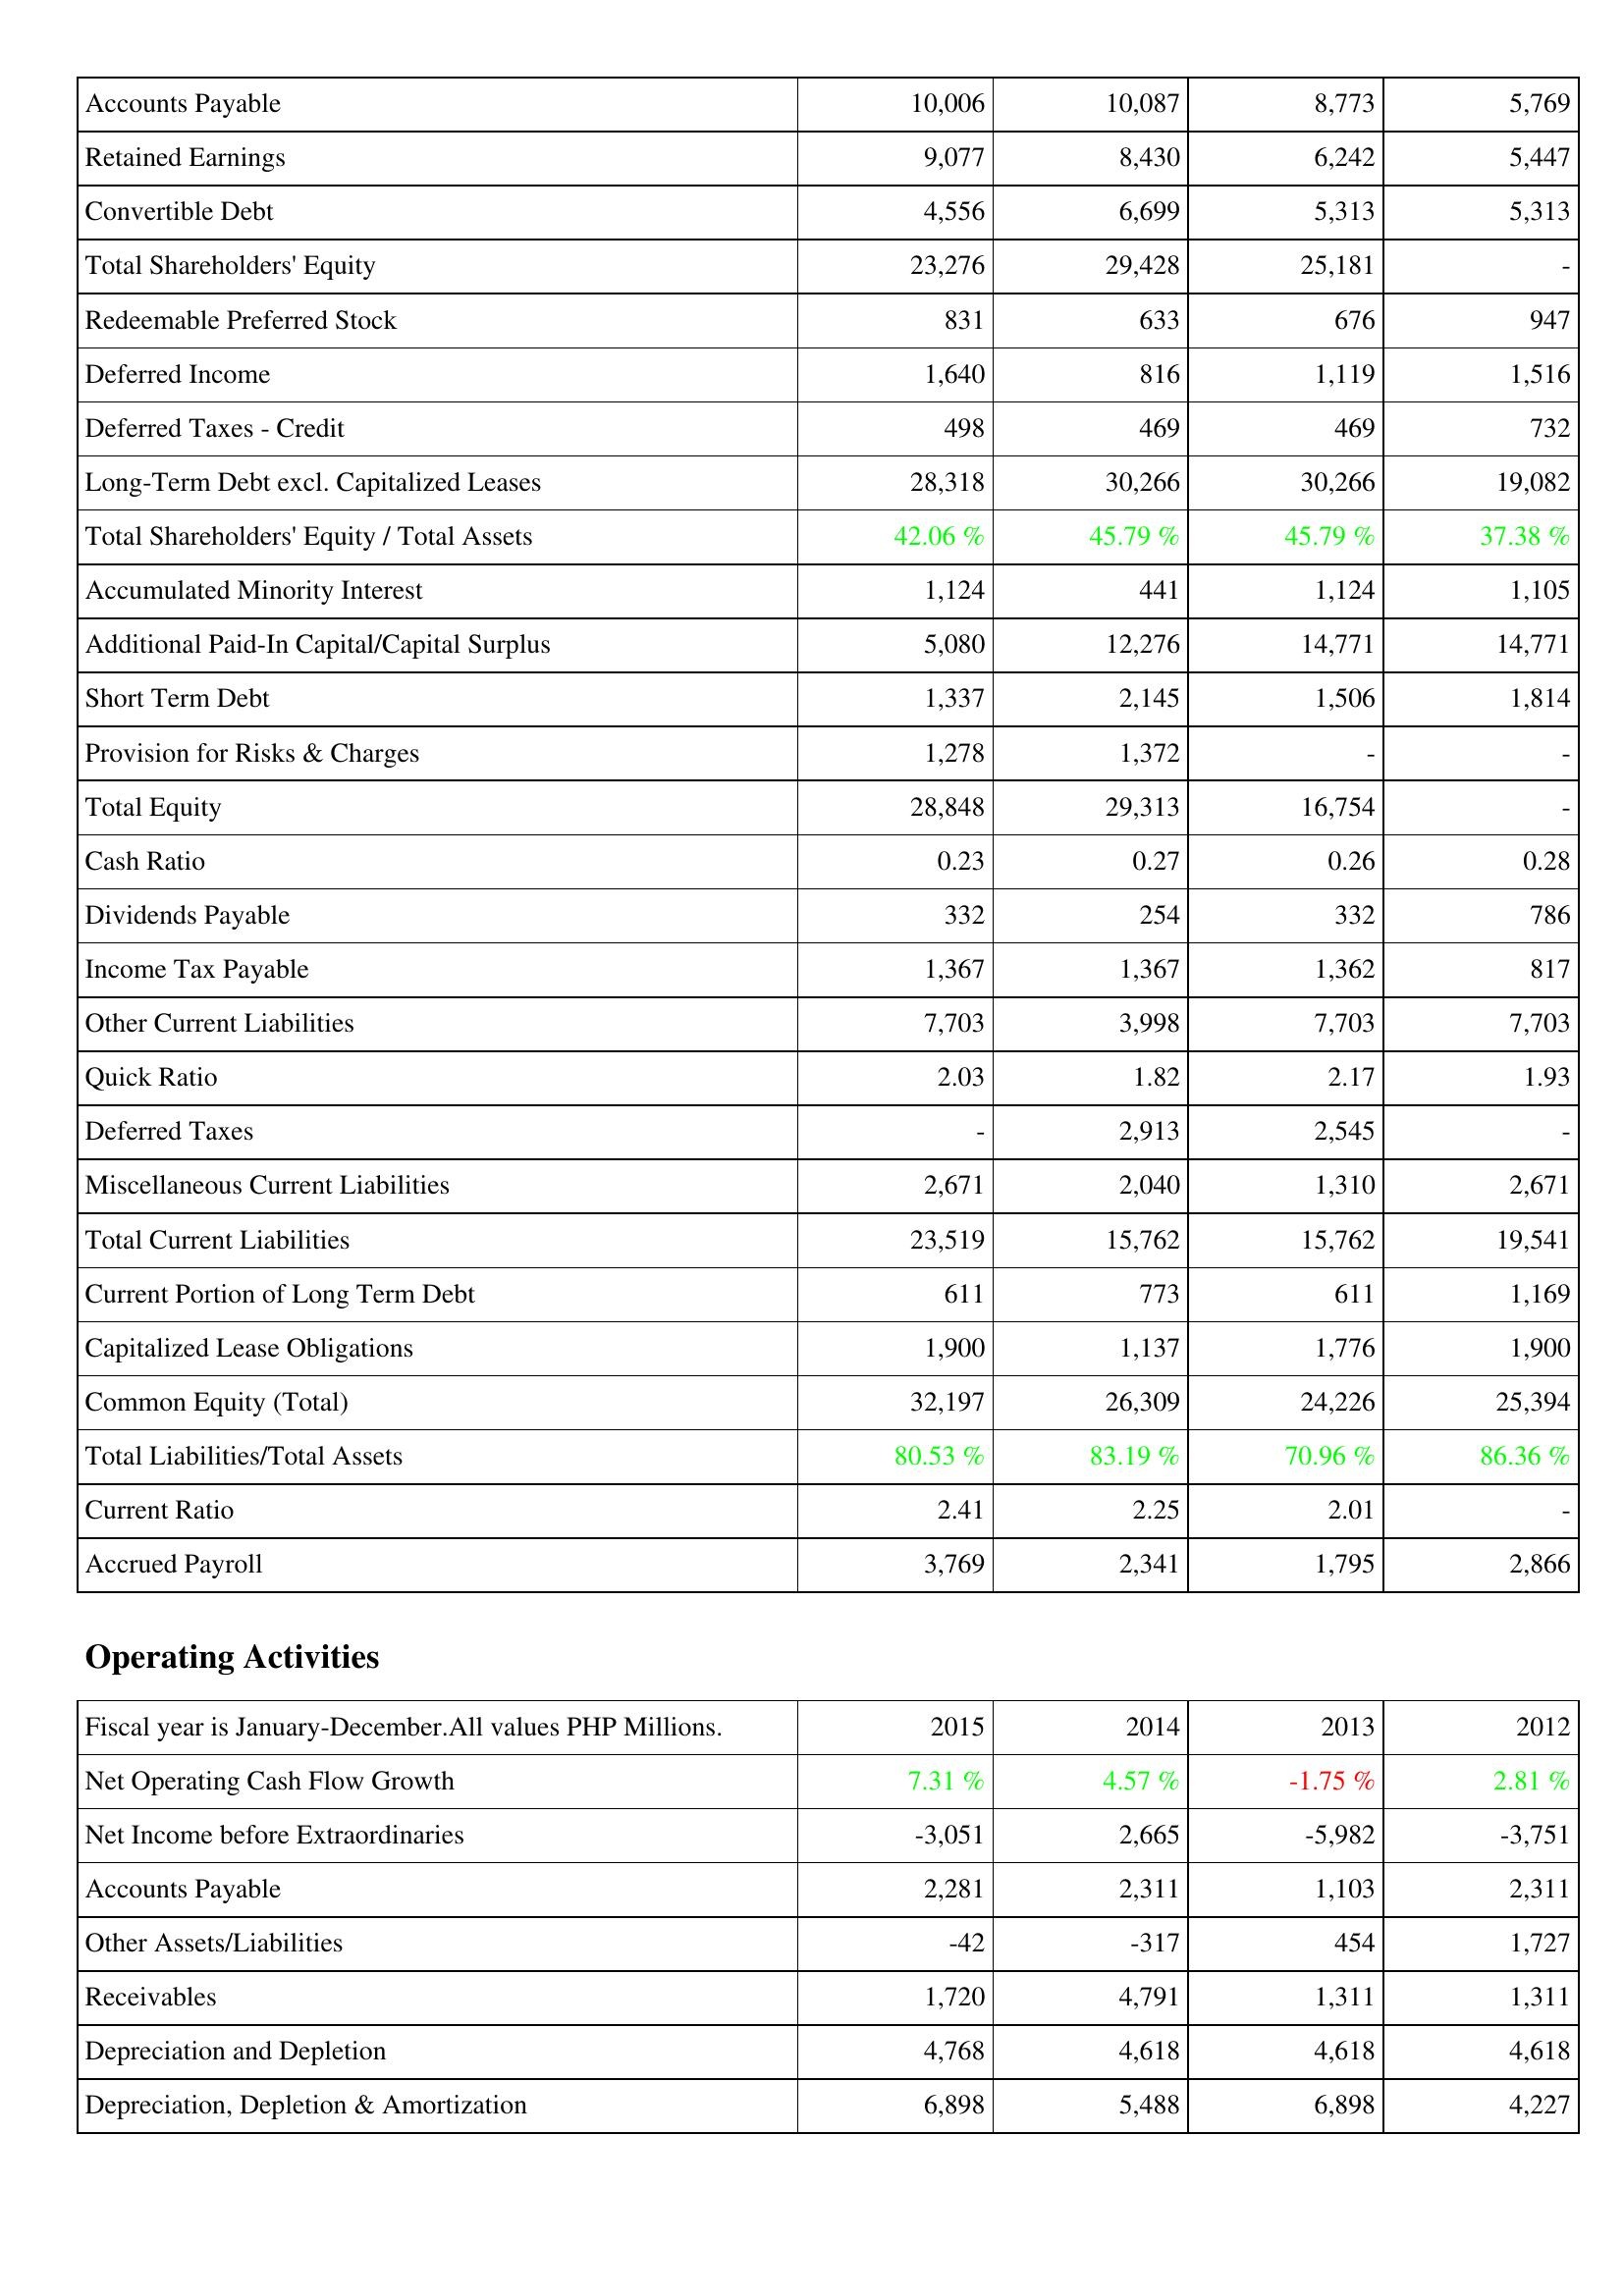
2015: Liabilities & Shareholders' Equity: Accounts Payable: 10,006
Retained Earnings: 9,077
Convertible Debt: 4,556
Total Shareholders' Equity: 23,276
Redeemable Preferred Stock: 831
Deferred Income: 1,640
Deferred Taxes - Credit: 498
Long-Term Debt excl. Capitalized Leases: 28,318
Total Shareholders' Equity / Total Assets: 42.06 %
Accumulated Minority Interest: 1,124
Additional Paid-In Capital/Capital Surplus: 5,080
Short Term Debt: 1,337
Provision for Risks & Charges: 1,278
Total Equity: 28,848
Cash Ratio: 0.23
Dividends Payable: 332
Income Tax Payable: 1,367
Other Current Liabilities: 7,703
Quick Ratio: 2.03
Deferred Taxes: -
Miscellaneous Current Liabilities: 2,671
Total Current Liabilities: 23,519
Current Portion of Long Term Debt: 611
Capitalized Lease Obligations: 1,900
Common Equity (Total): 32,197
Total Liabilities/Total Assets: 80.53 %
Current Ratio: 2.41
Accrued Payroll: 3,769
Operating Activities: Net Operating Cash Flow Growth: 7.31 %
Net Income before Extraordinaries: -3,051
Accounts Payable: 2,281
Other Assets/Liabilities: -42
Receivables: 1,720
Depreciation and Depletion: 4,768
Depreciation, Depletion & Amortization: 6,898
2014: Liabilities & Shareholders' Equity: Accounts Payable: 10,087
Retained Earnings: 8,430
Convertible Debt: 6,699
Total Shareholders' Equity: 29,428
Redeemable Preferred Stock: 633
Deferred Income: 816
Deferred Taxes - Credit: 469
Long-Term Debt excl. Capitalized Leases: 30,266
Total Shareholders' Equity / Total Assets: 45.79 %
Accumulated Minority Interest: 441
Additional Paid-In Capital/Capital Surplus: 12,276
Short Term Debt: 2,145
Provision for Risks & Charges: 1,372
Total Equity: 29,313
Cash Ratio: 0.27
Dividends Payable: 254
Income Tax Payable: 1,367
Other Current Liabilities: 3,998
Quick Ratio: 1.82
Deferred Taxes: 2,913
Miscellaneous Current Liabilities: 2,040
Total Current Liabilities: 15,762
Current Portion of Long Term Debt: 773
Capitalized Lease Obligations: 1,137
Common Equity (Total): 26,309
Total Liabilities/Total Assets: 83.19 %
Current Ratio: 2.25
Accrued Payroll: 2,341
Operating Activities: Net Operating Cash Flow Growth: 4.57 %
Net Income before Extraordinaries: 2,665
Accounts Payable: 2,311
Other Assets/Liabilities: -317
Receivables: 4,791
Depreciation and Depletion: 4,618
Depreciation, Depletion & Amortization: 5,488
2013: Liabilities & Shareholders' Equity: Accounts Payable: 8,773
Retained Earnings: 6,242
Convertible Debt: 5,313
Total Shareholders' Equity: 25,181
Redeemable Preferred Stock: 676
Deferred Income: 1,119
Deferred Taxes - Credit: 469
Long-Term Debt excl. Capitalized Leases: 30,266
Total Shareholders' Equity / Total Assets: 45.79 %
Accumulated Minority Interest: 1,124
Additional Paid-In Capital/Capital Surplus: 14,771
Short Term Debt: 1,506
Provision for Risks & Charges: -
Total Equity: 16,754
Cash Ratio: 0.26
Dividends Payable: 332
Income Tax Payable: 1,362
Other Current Liabilities: 7,703
Quick Ratio: 2.17
Deferred Taxes: 2,545
Miscellaneous Current Liabilities: 1,310
Total Current Liabilities: 15,762
Current Portion of Long Term Debt: 611
Capitalized Lease Obligations: 1,776
Common Equity (Total): 24,226
Total Liabilities/Total Assets: 70.96 %
Current Ratio: 2.01
Accrued Payroll: 1,795
Operating Activities: Net Operating Cash Flow Growth: -1.75 %
Net Income before Extraordinaries: -5,982
Accounts Payable: 1,103
Other Assets/Liabilities: 454
Receivables: 1,311
Depreciation and Depletion: 4,618
Depreciation, Depletion & Amortization: 6,898
2012: Liabilities & Shareholders' Equity: Accounts Payable: 5,769
Retained Earnings: 5,447
Convertible Debt: 5,313
Total Shareholders' Equity: -
Redeemable Preferred Stock: 947
Deferred Income: 1,516
Deferred Taxes - Credit: 732
Long-Term Debt excl. Capitalized Leases: 19,082
Total Shareholders' Equity / Total Assets: 37.38 %
Accumulated Minority Interest: 1,105
Additional Paid-In Capital/Capital Surplus: 14,771
Short Term Debt: 1,814
Provision for Risks & Charges: -
Total Equity: -
Cash Ratio: 0.28
Dividends Payable: 786
Income Tax Payable: 817
Other Current Liabilities: 7,703
Quick Ratio: 1.93
Deferred Taxes: -
Miscellaneous Current Liabilities: 2,671
Total Current Liabilities: 19,541
Current Portion of Long Term Debt: 1,169
Capitalized Lease Obligations: 1,900
Common Equity (Total): 25,394
Total Liabilities/Total Assets: 86.36 %
Current Ratio: -
Accrued Payroll: 2,866
Operating Activities: Net Operating Cash Flow Growth: 2.81 %
Net Income before Extraordinaries: -3,751
Accounts Payable: 2,311
Other Assets/Liabilities: 1,727
Receivables: 1,311
Depreciation and Depletion: 4,618
Depreciation, Depletion & Amortization: 4,227